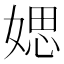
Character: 媤